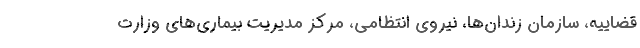
قضاییه، سازمان زندان‌ها، نیروی انتظامی، مرکز مدیریت بیماری‌های وزارت